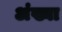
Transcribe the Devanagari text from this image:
अंख्या